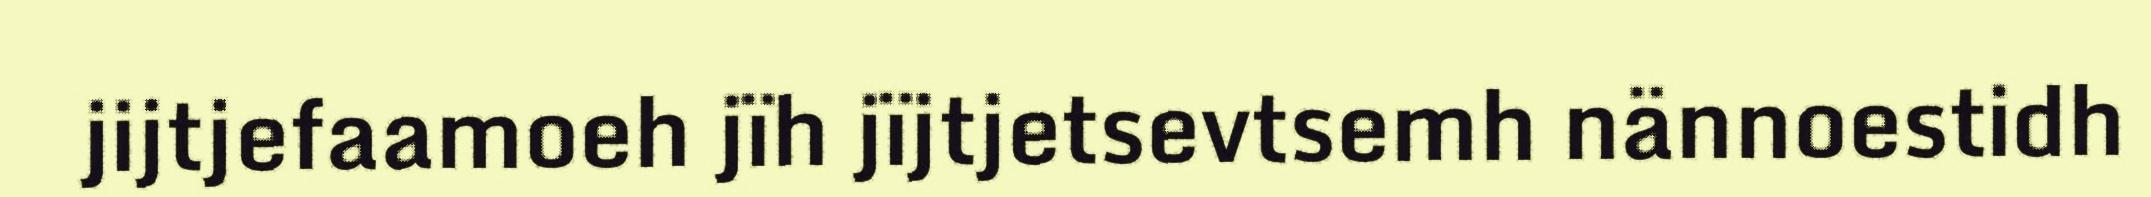
jijtjefaamoeh jïh jïjtjetsevtsemh nännoestidh